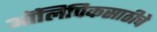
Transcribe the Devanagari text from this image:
ऑलिंपिकसाठीचे